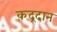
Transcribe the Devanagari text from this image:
क़द्रदान